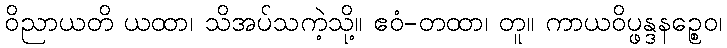
ဝိညာယတိ ယထာ၊ သိအပ်သကဲ့သို့။ ဧဝံ-တထာ၊ တူ။ ကာယဝိပ္ဖန္ဒနဉ္စေဝ၊